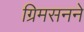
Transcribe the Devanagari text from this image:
ग्रिमसनने